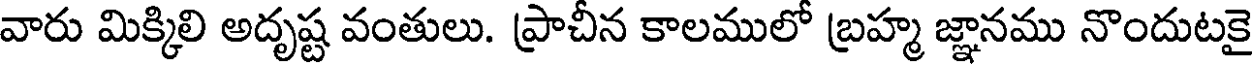
వారు మిక్కిలి అదృష్ట వంతులు. ప్రాచీన కాలములో బ్రహ్మ జ్ఞానము నొందుటకై